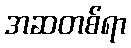
အဆတစ်ရာ